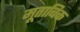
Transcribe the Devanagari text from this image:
मूताबिक